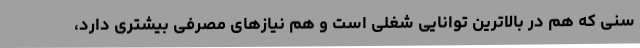
سنی که هم در بالاترین توانایی شغلی است و هم نیازهای مصرفی بیشتری دارد،